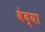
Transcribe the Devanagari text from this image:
वेद्या